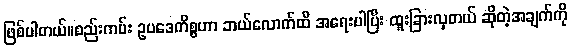
ဖြစ်ပါတယ်။စည်းကမ်း ဥပဒေကိစ္စဟာ ဘယ်လောက်ထိ အရေးပါပြီး ထူးခြားလှတယ် ဆိုတဲ့အချက်ကို